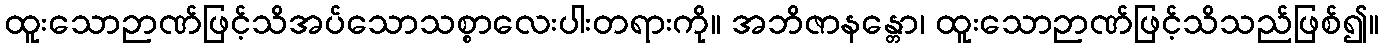
ထူးသောဉာဏ်ဖြင့်သိအပ်သောသစ္စာလေးပါးတရားကို။ အဘိဇာနန္တော၊ ထူးသောဉာဏ်ဖြင့်သိသည်ဖြစ်၍။